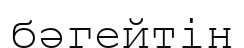
бәгейтін